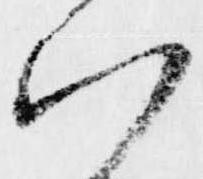
以